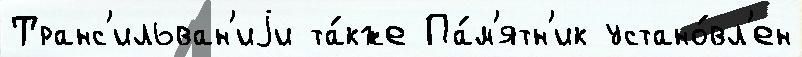
Транс'ильван'иjи та́кже Па́м'ятн'ик устано́вл'ен